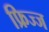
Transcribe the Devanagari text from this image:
फ्रिज्ज